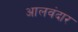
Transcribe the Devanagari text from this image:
आलवंदार